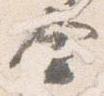
合